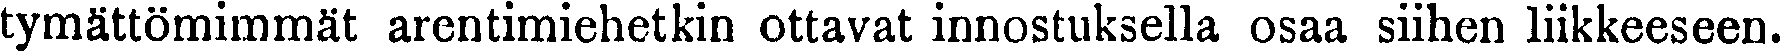
tymättömimmät arentimiehetkin ottavat innostuksella osaa siihen liikkeeseen.